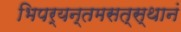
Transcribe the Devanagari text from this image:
भिपर्यन्तमसत्स्थानं